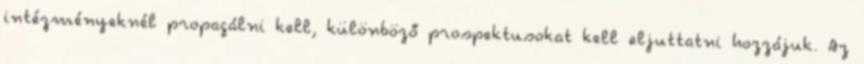
intézményeknél propagálni kell, különböző prospektusokat kell eljuttatni hozzájuk. Az